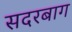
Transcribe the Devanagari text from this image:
सदरबाग